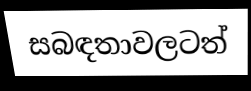
සබඳතාවලටත්